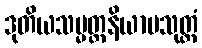
ဒုတိယသမ္မတ္တနိယာမသုတ္တံ